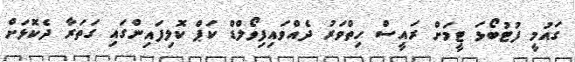
ގައުމީ ފުޓުބޯޅަ ޓީމަށް ރައީސް ހިތްވަރު ދެއްވައިފިވޯލްޑް ކަޕް ކޮލިފައިންގައި ގަތަރާ ދެކޮޅަށް